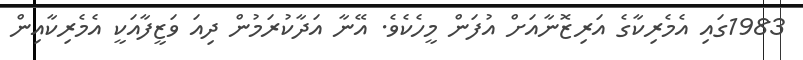
1983ގައި އެމެރިކާގެ އަރިޒޮނާއަށް އުފަން މީހެކެވެ. އޭނާ އަދާކުރަމުން ދިއަ ވަޒީފާއަކީ އެމެރިކާއިން